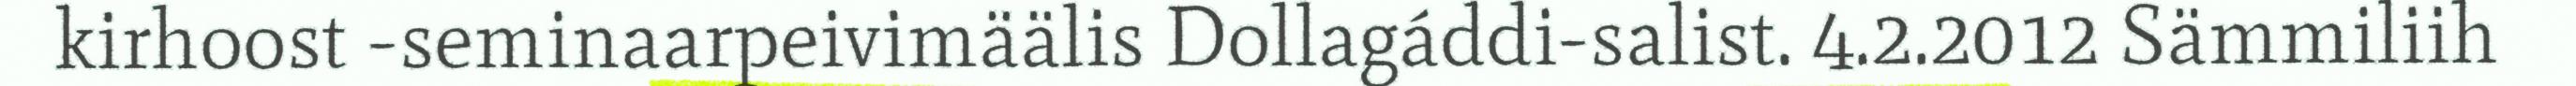
kirhoost -seminaarpeivimäälis Dollagáddi-salist. 4.2.2012 Sämmiliih